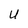
Character: U